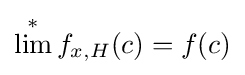
\lim ^{*}f_{x,H}(c)=f(c)